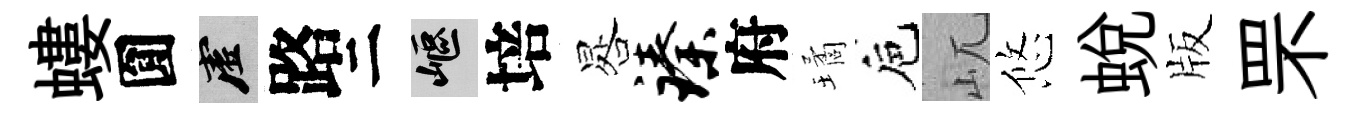
螻圎虚路二嶇培晷臻府璚巵屼悠蛻版罘